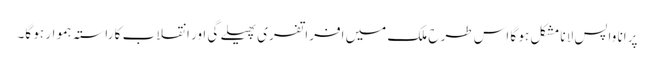
پرانا واپس لانا مشکل ہو گا اس طرح ملک میں افراتفری پھیلے گی اور انقلاب کا راستہ ہموار ہو گا۔